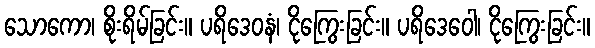
သောကော၊ စိုးရိမ်ခြင်း။ ပရိဒေဝနံ၊ ငိုကြွေးခြင်း။ ပရိဒေဝေါ၊ ငိုကြွေးခြင်း။